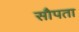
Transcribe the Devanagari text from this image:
सौपता